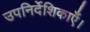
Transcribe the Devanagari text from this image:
उपनिर्देशिकाएँ।